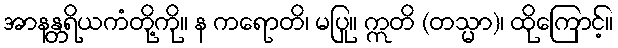
အာနန္တရိယကံတို့ကို။ န ကရောတိ၊ မပြု။ ဣတိ (တသ္မာ)၊ ထိုကြောင့်။